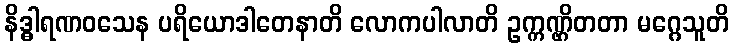
နိဒ္ဓါရဏဝသေန ပရိယောဒါတေနာတိ လောကပါလာတိ ဥက္ကဏ္ဌိတတာ မဂ္ဂေသူတိ